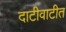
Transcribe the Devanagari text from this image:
दाटीवाटीत